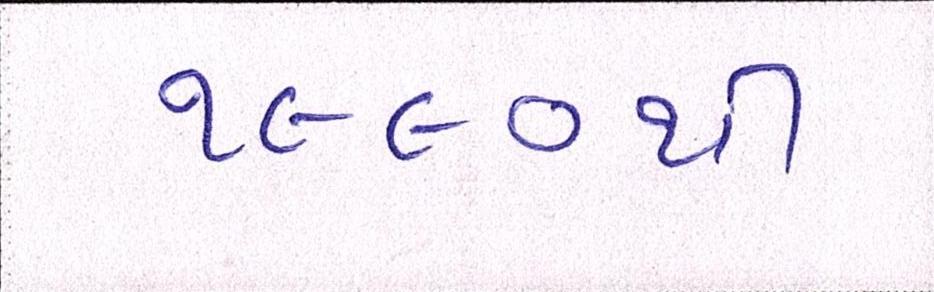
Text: ૧૯૯૦થી